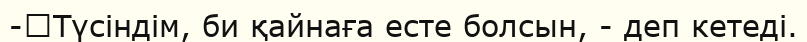
-	Түсіндім, би қайнаға есте болсын, - деп кетеді.